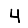
Digit: 4